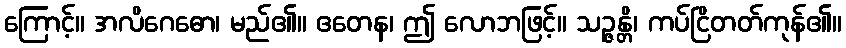
ကြောင့်။ အလိဂေဓော၊ မည်၏။ ဧတေန၊ ဤ လောဘဖြင့်။ သဉ္ဇန္တိ၊ ကပ်ငြိတတ်ကုန်၏။